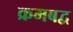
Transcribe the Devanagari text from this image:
क्रमबद्व